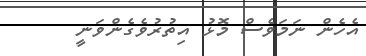
އެހެން ނަމަވެސް މޮޅު އިތުރުވެގެންވަނީ